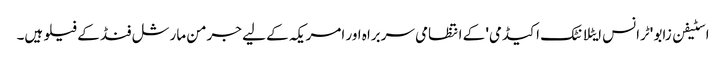
اسٹیفن زابو 'ٹرانس ایٹلانٹک اکیڈمی' کے انتظامی سربراہ اور امریکہ کے لیے جرمن مارشل فنڈ کے فیلو ہیں۔